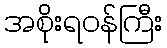
အစိုးရဝန်ကြီး